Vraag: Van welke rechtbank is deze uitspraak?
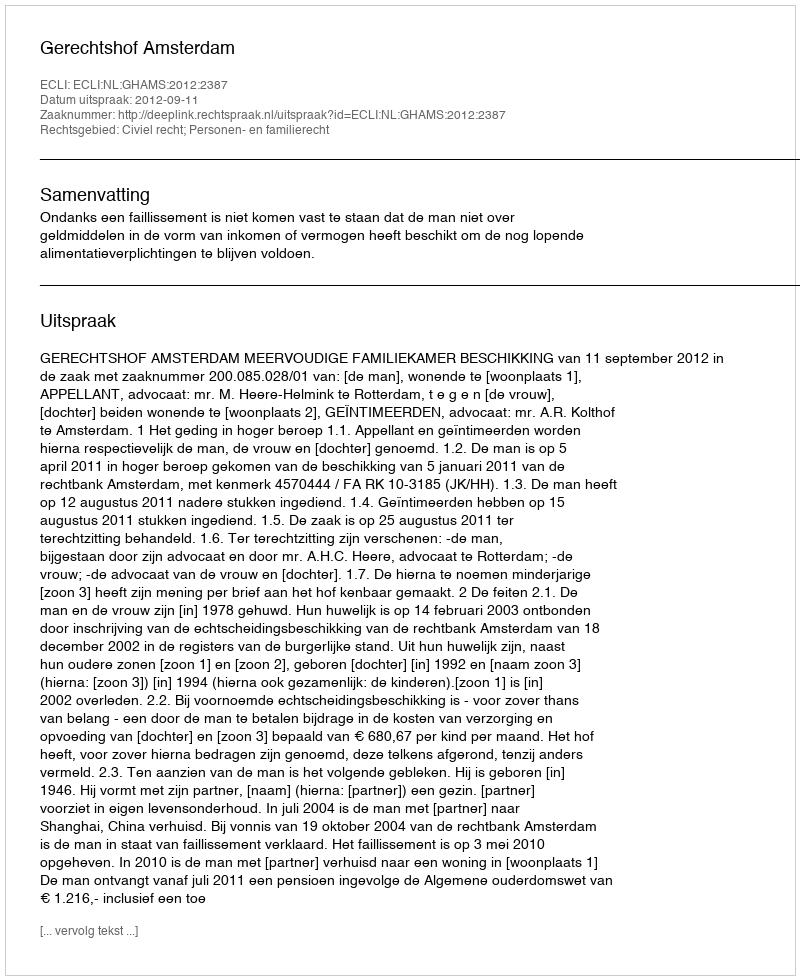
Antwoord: Gerechtshof Amsterdam